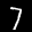
Label: 7